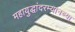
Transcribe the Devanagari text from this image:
महायुद्धांदरम्यानच्या